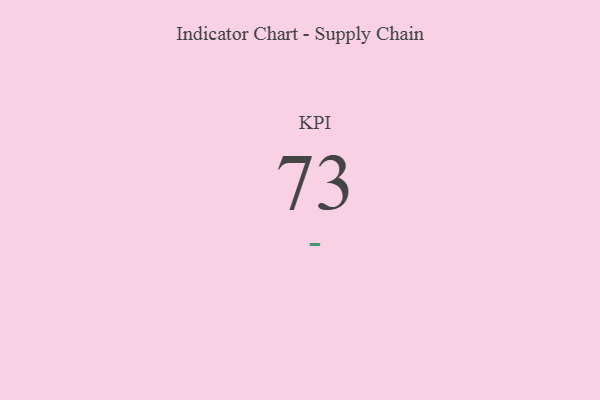
{"axis": {"x": "KPI", "y": "Value"}, "legend": [""], "data": [{"x": "KPI", "y": 73, "type": ""}]}